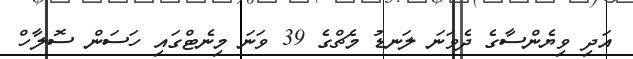
އަދި ވިޔެންސާގެ ދެވަނަ ލަނޑު މެޗްގެ 39 ވަނަ މިނެޓްގައި ހަސަން ސޮލާހް